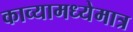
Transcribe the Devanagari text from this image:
काव्यामध्येमात्र